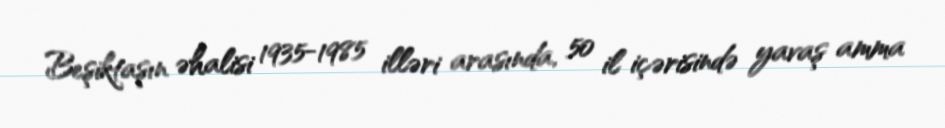
Beşiktaşın əhalisi 1935-1985 illəri arasında, 50 il içərisində yavaş amma